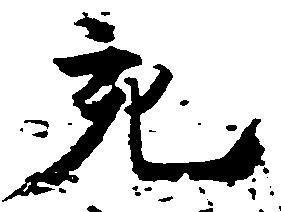
充